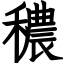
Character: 穠